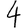
Digit: 4